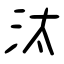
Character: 汰